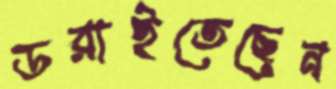
ডরাইতেছেন